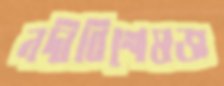
নদীবিশেষজ্ঞ